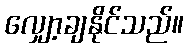
လျှော့ချနိုင်သည်။